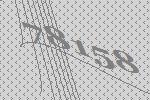
78158